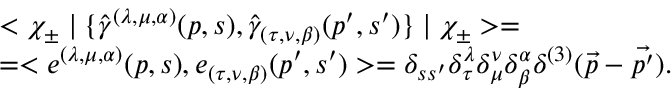
\begin{array} { l } { { < \chi _ { \pm } \mid \{ { \hat { \gamma } } ^ { ( \lambda , \mu , \alpha ) } ( p , s ) , { \hat { \gamma } } _ { ( \tau , \nu , \beta ) } ( p ^ { \prime } , s ^ { \prime } ) \} \mid \chi _ { \pm } > = } } \\ { { = < e ^ { ( \lambda , \mu , \alpha ) } ( p , s ) , e _ { ( \tau , \nu , \beta ) } ( p ^ { \prime } , s ^ { \prime } ) > = \delta _ { s s ^ { \prime } } \delta _ { \tau } ^ { \lambda } \delta _ { \mu } ^ { \nu } \delta _ { \beta } ^ { \alpha } \delta ^ { ( 3 ) } ( \vec { p } - \vec { p ^ { \prime } } ) . } } \end{array}